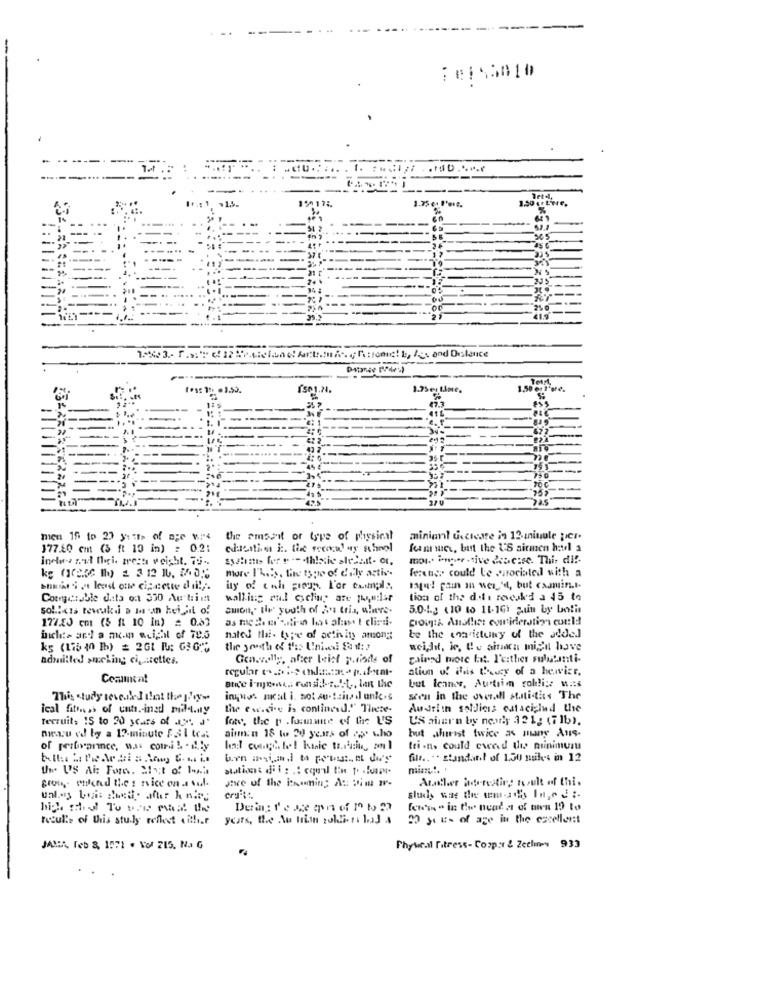
-
. 1. : M.
r .: 1
1,50 € L'ere,
3.75 c: l'ore.
Teszt,
1.75 e: Line.
50€ l'or
20€
the emsoit or type of physical
miniant ustcare in 12.minule per-
177.80 cm (3 ft 10 in) : 0.2:
ferm wick, but the US sirmen hotel a
mor Phie .tive desc:se. This dif-
more I'Les, tine type of dily activ.
fercher could Le pirociated with a
In! pain in wer', but casmin.t.
walking oul cychup are popular
tion of the det. revealed a 45 to
SHIon," Iln' youth of Aus tria, where.
5.0-1g (10 to 11-16) pun by bolis
177.20 cm (5 ft 10 In) = 0.53
Bioigth Another comriderations corte!
nated thai- type of activity among:
be the consistuny of the added
kg (175 40 th) = 2G1 Iu: G36℃
the youth of t'as Univesi Saw :?
weight, ic, Cu ainaca migi have
admitted smoking cigarettes.
Gen.zolly, after bist periods of
gained more Ett. P'either substanti-
ation of ilis thucy of a hewvier,
but teaner, Aurtiim colli :: was
This study revealed slant the py
inquy's mcal i. not su-tains dl unless
seen in the overall statidies The
ical fitness of unta .- ined mil-t.ny
the ew.cie is contineed." Theze-
Audrith soldiers outacizlud the
teczuit, 15 to 20 years of ar. J'
fot, the p . formante of the US
US auern by nearly 32 1g (7lb).
menu ed by a 12-minute Fail to .:
ainmin 18 to 20 years of app who
but herist twice as many Aus-
of prilovannce, wa. comi & - illy
tei .n. could owed the minimumu
file .. .. standard of 1.30 nukes in 12
Un US Ai: Fore. My;t of 1-4.
Atattler ade-resting tosult of this
recul's of this stuily reflect citli.f
20 you- of age in the excellent
JANA, Teb &, 1571 . Vol 215. Na G
Physical Titress- Cooper & Zechney 933